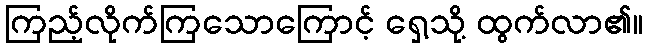
ကြည့်လိုက်ကြသောကြောင့် ရှေ့သို့ ထွက်လာ၏။